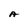
Character: A